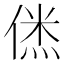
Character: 𠌎